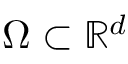
\Omega \subset \mathbb { R } ^ { d }